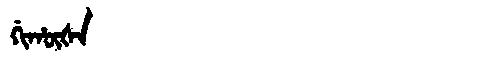
Manchu: ᡤᡳᡥᡡᡧᠠ
Romanization: GIHŪŠA